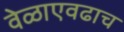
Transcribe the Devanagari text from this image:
वेळाएवढाच